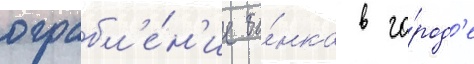
ограбл'е́н'ие ба́нка в го́род'е